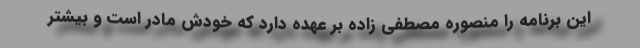
این برنامه را منصوره مصطفی زاده بر عهده دارد که خودش مادر است و بیشتر